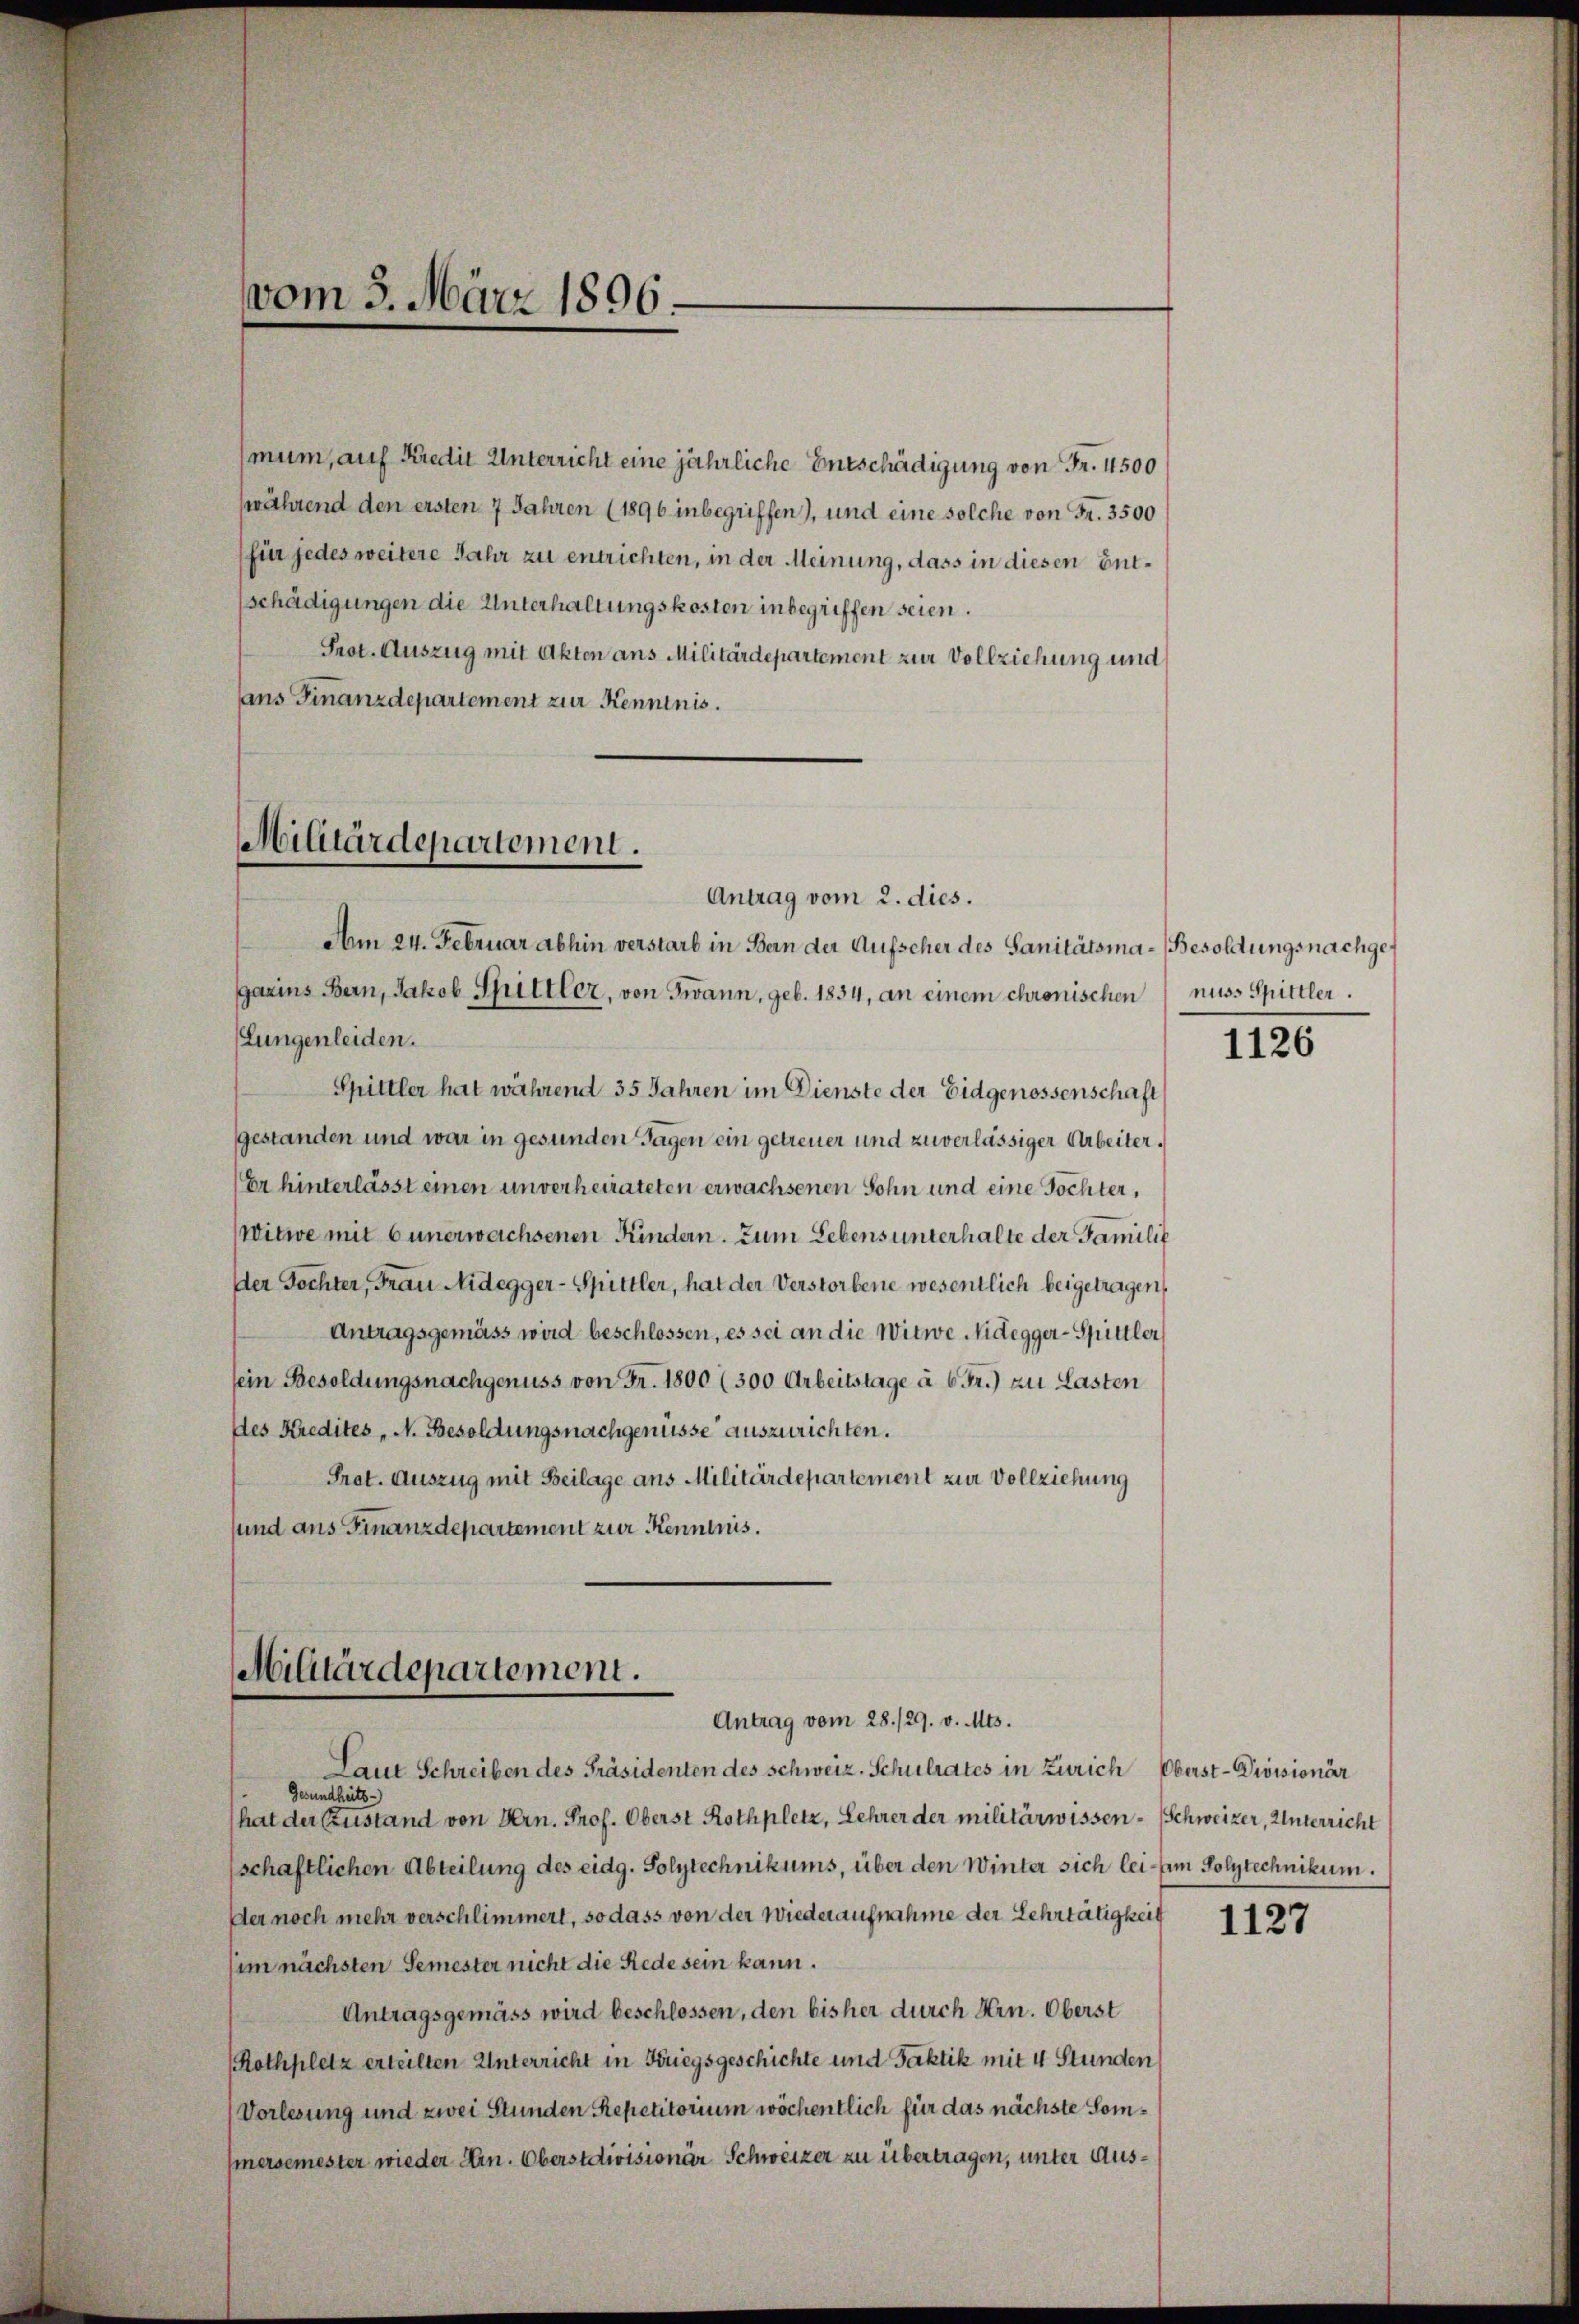
An 24. Februar abhin verstarb in Bern der Aufscher des Sanitätsma-Besoldungsnachgegazins Bern, Jakob Spittler, von Twann, geb. 1834, an einem chronischen nuss Spittler.
Lungenleiden.
Spittler hat während 35 Jahren im Dienste der Eidgenossenschaft
gestanden und war in gesunden Tagen ein getreuer und zuverlässiger Arbeiter.
(Er hinterlässt einen unverheirateten erwachsenen Sohn und eine Töchter,
Witwe mit 6 unerwachsenen Kindern. Zum Lebens unterhalte der Familie
Der Tochter, Frau Nidegger-Spittler, hat der Verstorbene wesentlich beigetragen,
Antragsgemäss wird beschlossen, es sei an die Witwe Videgger-Spittler
sein Besoldungsnachgenuss von Fr. 1800 (300 Arbeitstage à 6 Fr.) zu Lasten
Des Kredites N. Besoldungsnachgenüsse auszurichten.
Prot. Auszug mit Beilage ans Militärdepartement zur Vollziehung
sund aus Finanzdepartement zur Kenntnis.

mum, auf Kredit Unterricht eine jährliche Entschädigung von Fr. 4500
während den ersten 7 Jahren (1896 inbegriffen), und eine solche von Fr. 3500
(für jedes weitere Jahr zu entrichten, in der Meinung, dass in diesen Entschädigungen die Unterhaltungskosten inbegriffen seien.
Prot. Auszug mit Akten ans Militärdepartement zur Vollziehung und
ans Finanzdepartement zur Kenntnis.

vom 3. März 1896.

Militärdepartement.
Antrag vom 2. dies.

Militärdepartement.
Antrag vom 28./29. v. Mts.

Laut Schreiben des Präsidenten des Schweiz. Schulrates in Zürich Oberst-Divisionär
Gesundheits-
hat der Zustand von Hrn. Prof. Oberst Rothplatz, Lehrer der militärwissen-Schweizer, Unterricht
schaftlichen Abteilung des eidg. Solytechnikums, über den Winter sich lei- zum Polytechnikum.
Der noch mehr verschlimmert, so dass von der Wiederaufnahme der Lehrtätigkeit
sim nächsten Semester nicht die Rede sein kann.
Antragsgemäss wird beschlossen, den bisher durch Hrn. Oberst
Rothplatz erteilten Unterricht in Kriegsgeschichte und Faktik mit 4 Stunden
Vorlesung und zwei Stunden Repetitorium wöchentlich für das nächste Sommersemester wieder Hrn. Oberstdivisionär Schweizer zu übertragen, unter Aus¬

1126

1127